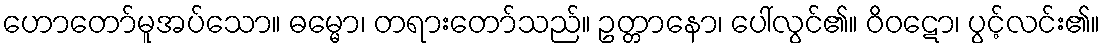
ဟောတော်မူအပ်သော။ ဓမ္မော၊ တရားတော်သည်။ ဥတ္တာနော၊ ပေါ်လွင်၏။ ဝိဝဋော၊ ပွင့်လင်း၏။